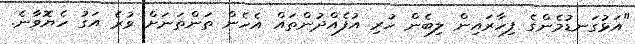
"އަޅުގަނޑުމެންގެ ފިހާރައިން ލިބެން ހުރި އުފެއްދުންތައް އެހެން ތަންތަނަށް ވުރެ އަގު ހެޔޮވާނެ.